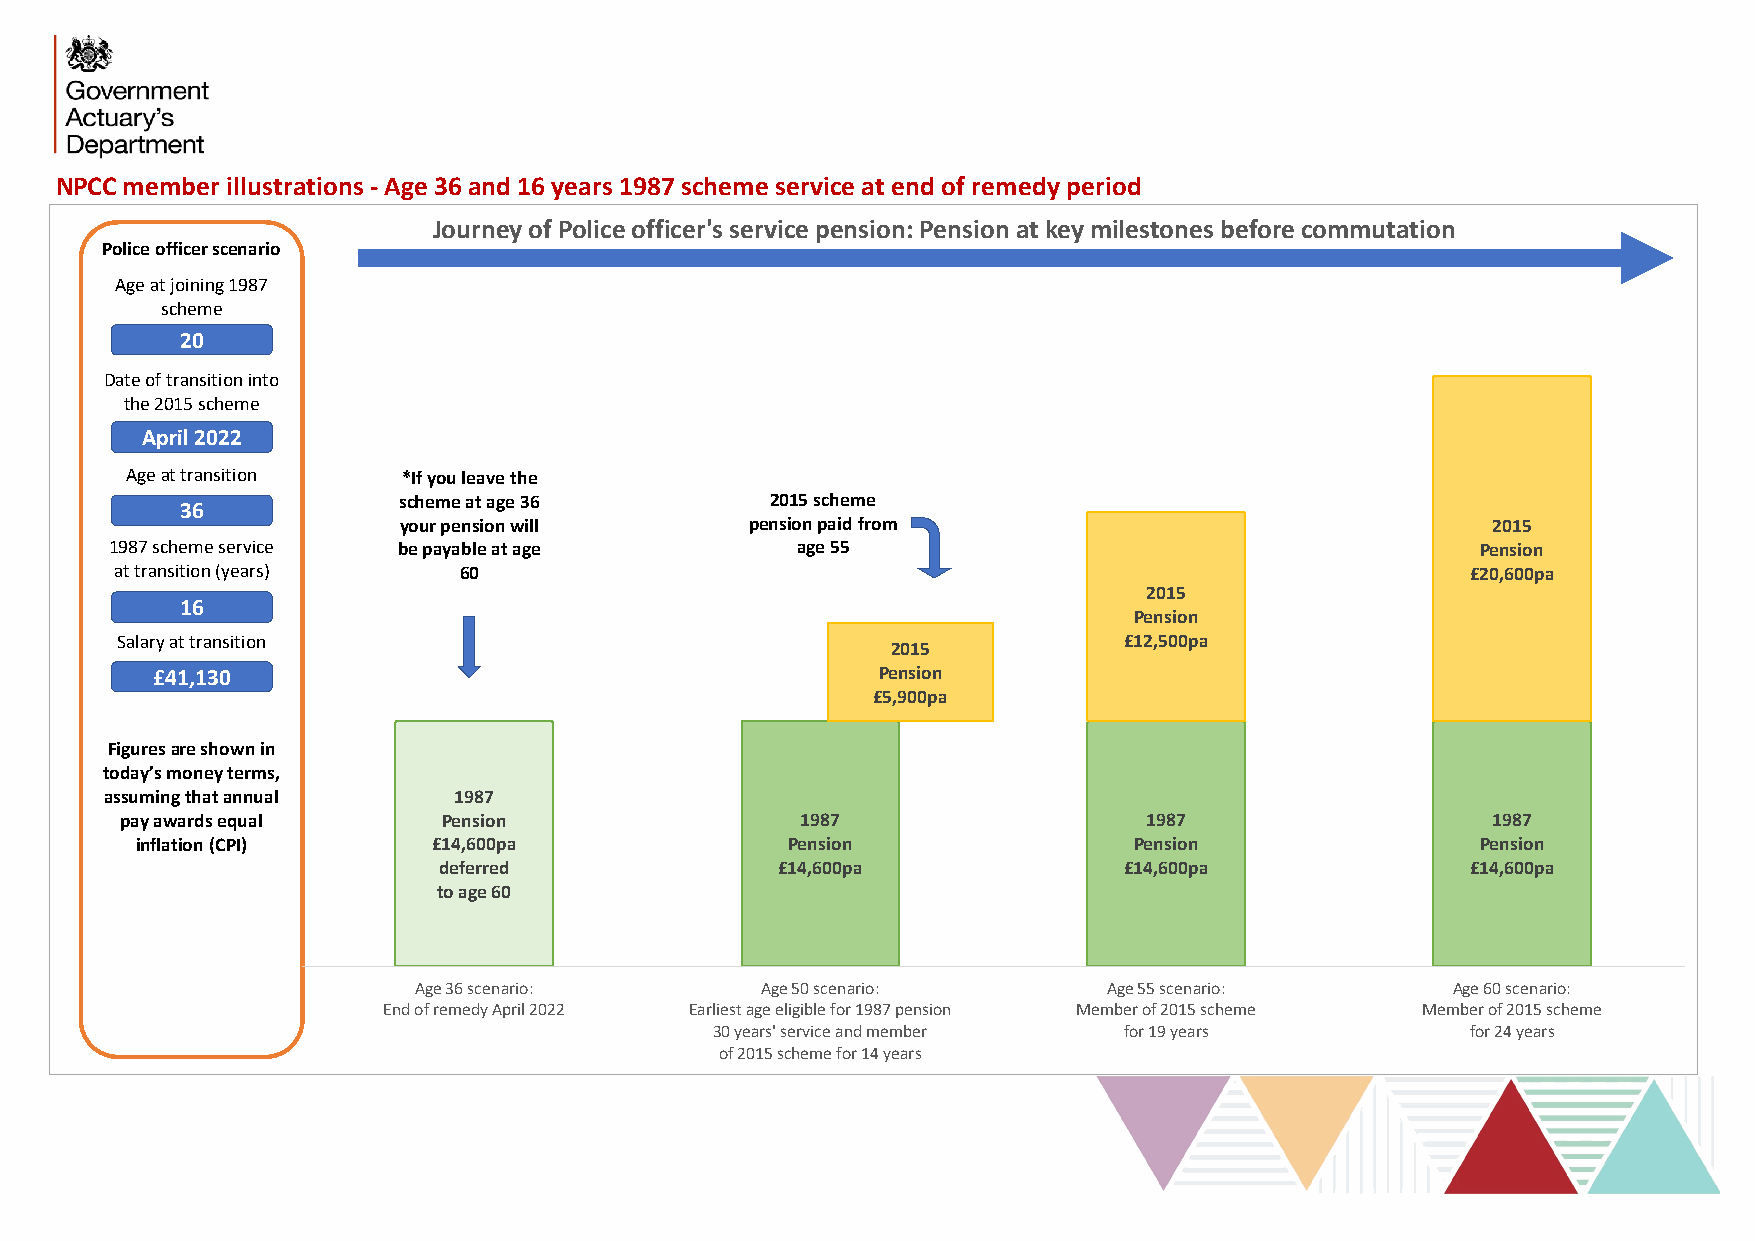
NPCC member illustrations - Age 36 and 16 years 1987 scheme service at end of remedy period
 Journey of Police officer's service pension: Pension at key milestones before commutation
 Police officer scenario
 Age at joining 1987
 scheme
 20
 Date of transition into
 the 2015 scheme
 April 2022
 Age at transition  *If you leave the
 scheme at age 36         2015 scheme
 36
 your pension will       pension paid from                                2015
 1987 scheme service be payable at age         age 55                                       Pension
 at transition (years) 60                                                                 £20,600pa
 2015
 16
 Pension
 Salary at transition                                              £12,500pa
 2015
 £41,130                                         Pension
 £5,900pa
 Figuresare shown in
 today’s money terms,
 assumingthat annual    1987
 pay awards equal     Pension                 1987                   1987                   1987
 inflation (CPI)     £14,600pa              Pension                Pension                Pension
 deferred              £14,600pa              £14,600pa              £14,600pa
 to age 60
 Age 36 scenario:       Age 50 scenario:       Age 55 scenario:       Age 60 scenario:
 End of remedy April 2022 Earliest age eligible for 1987 pension Member of 2015 scheme Member of 2015 scheme
 30 years' service and member for 19 years         for 24 years
 of 2015 scheme for 14 years